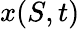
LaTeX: x(S,t)